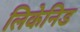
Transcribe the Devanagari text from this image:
लिकेनिड